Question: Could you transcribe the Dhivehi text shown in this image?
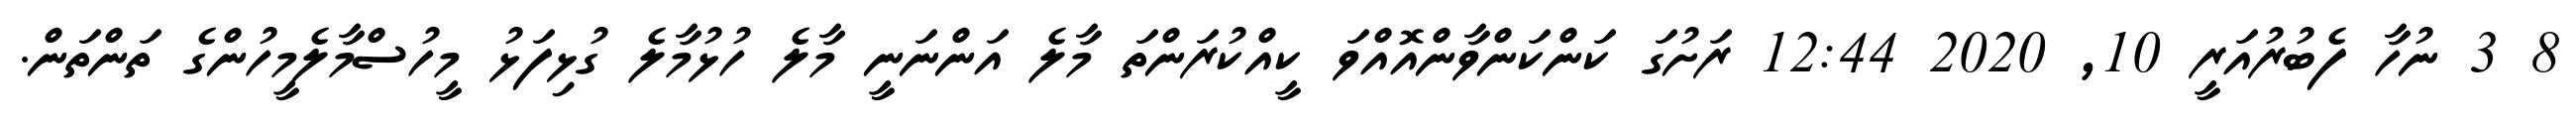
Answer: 8 3 ނުހާ ފެބުރުއަރީ 10, 2020 12:44 ރަށުގަ ކަންކަންވާންއޮއްވަ ކީއްކުރަންތަ މާލެ އަންނަނީ މާލެ ހުޅުމާލެ ގުޅިފަޅު މީހުސްމާލެމީހުންގެ ތަންތަން.